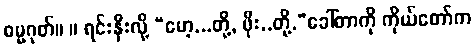
ဓမ္မဂုတ်။ ။ ရင်းနှီးလို့ “ဟေ့...တို့, ဖိုး..တို့.”ခေါ်တာကို ကိုယ်တော်က